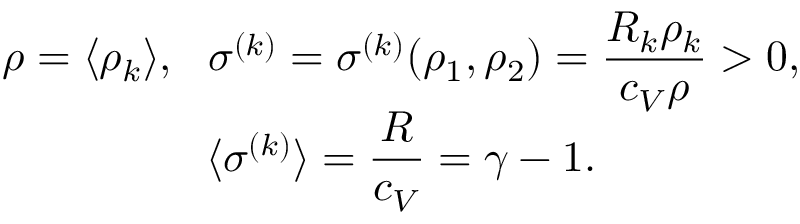
\begin{array} { c c } { \displaystyle { \rho = \langle \rho _ { k } \rangle , \ \ \sigma ^ { ( k ) } = \sigma ^ { ( k ) } ( \rho _ { 1 } , \rho _ { 2 } ) = \frac { R _ { k } \rho _ { k } } { c _ { V } \rho } > 0 , } } \\ { \displaystyle { \langle \sigma ^ { ( k ) } \rangle = \frac { R } { c _ { V } } = \gamma - 1 . } } \end{array}